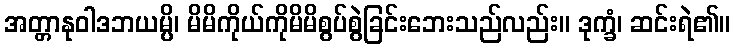
အတ္တာနုဝါဒဘယမ္ပိ၊ မိမိကိုယ်ကိုမိမိစွပ်စွဲခြင်းဘေးသည်လည်း။ ဒုက္ခံ၊ ဆင်းရဲ၏။